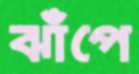
ঝাঁপে